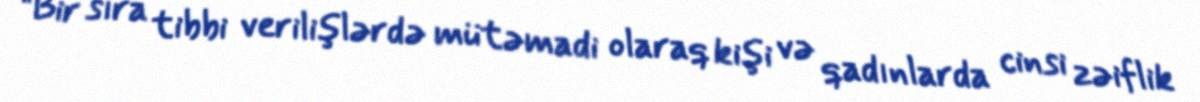
“Bir sıra tibbi verilişlərdə mütəmadi olaraq kişi və qadınlarda cinsi zəiflik